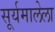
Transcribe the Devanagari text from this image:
सूर्यमालेला